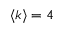
\langle k \rangle = 4